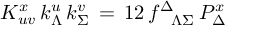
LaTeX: K _ { u v } ^ { x } \, k _ { \Lambda } ^ { u } \, k _ { \Sigma } ^ { v } \, = \, { \o { 1 } { 2 } } \, f _ { \phantom { \Delta } \Lambda \Sigma } ^ { \Delta } \, { \cal P } _ { \Delta } ^ { x }